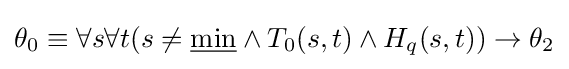
\theta _{0}\equiv \forall s\forall t(s\neq {\underline {\min }}\land T_{0}(s,t)\land H_{q}(s,t))\to \theta _{2}